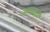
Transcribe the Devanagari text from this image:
अमात्यानें